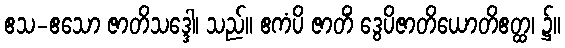
ဧသ-ဧသော ဇာတိသဒ္ဒေါ၊ သည်။ ဧကံပိ ဇာတိံ ဒွေပိဇာတိယောတိဧတ္ထ၊ ၌။